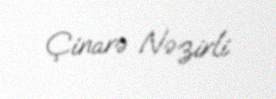
Çinarə Nəzirli